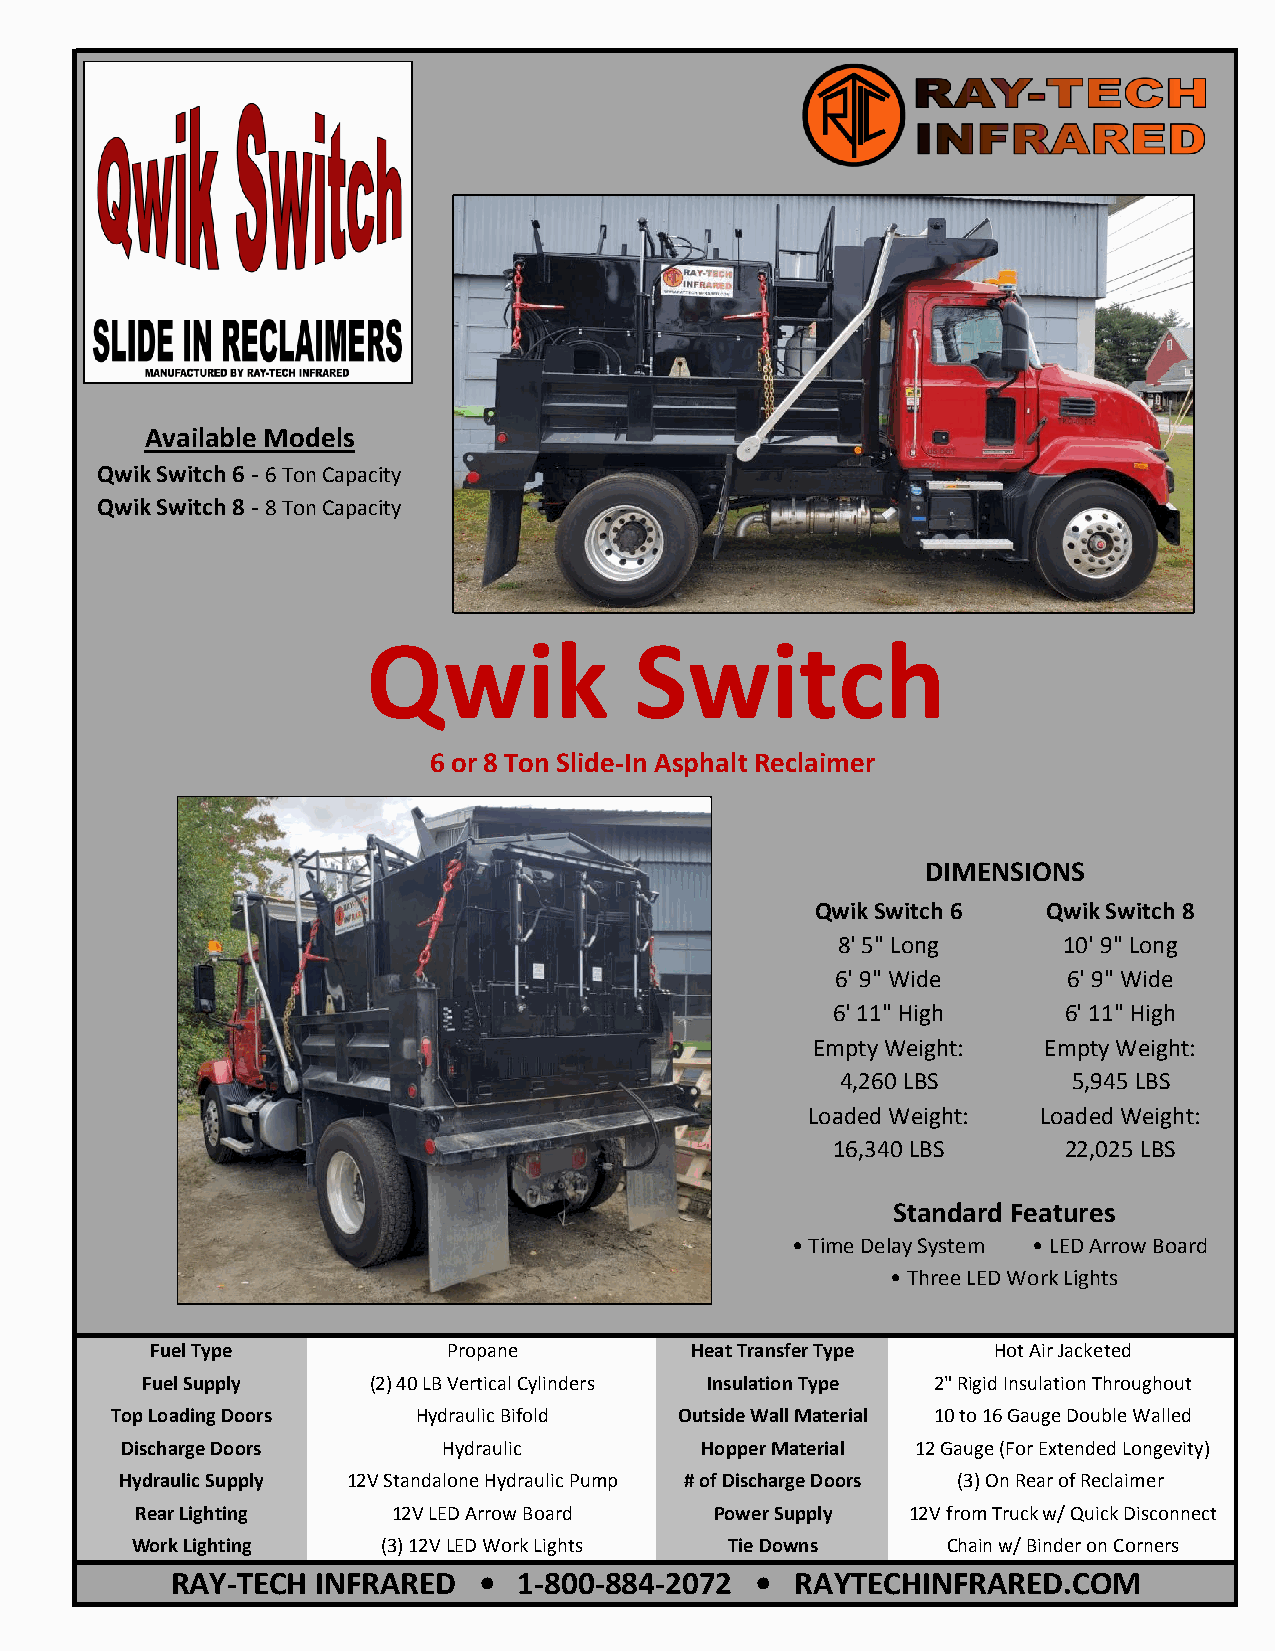
Available Models
 Qwik Switch 6 - 6 Ton Capacity
 Qwik Switch 8 - 8 Ton Capacity
 Qwik              Switch
 6 or 8 Ton Slide-In Asphalt Reclaimer
 DIMENSIONS
 Qwik Switch 6  Qwik Switch 8
 8' 5" Long     10' 9" Long
 6' 9" Wide      6' 9" Wide
 6' 11" High    6' 11" High
 Empty Weight:  Empty Weight:
 4,260 LBS      5,945 LBS
 Loaded Weight:  Loaded Weight:
 16,340 LBS     22,025 LBS
 Standard Features
 • Time Delay System • LED Arrow Board
 • Three LED Work Lights
 Fuel Type           Propane         Heat Transfer Type  Hot Air Jacketed
 Fuel Supply    (2) 40 LB Vertical Cylinders Insulation Type 2" Rigid Insulation Throughout
 Top Loading Doors    Hydraulic Bifold Outside Wall Material 10 to 16 Gauge Double Walled
 Discharge Doors      Hydraulic        Hopper Material 12 Gauge (For Extended Longevity)
 Hydraulic Supply 12V Standalone Hydraulic Pump # of Discharge Doors (3) On Rear of Reclaimer
 Rear Lighting    12V LED Arrow Board  Power Supply 12V from Truck w/ Quick Disconnect
 Work Lighting   (3) 12V LED Work Lights Tie Downs     Chain w/ Binder on Corners
 RAY-TECH  INFRARED   • 1-800-884-2072  •  RAYTECHINFRARED.COM